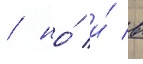
/ но́ и́ в